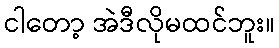
ငါတော့ အဲဒီလိုမထင်ဘူး။